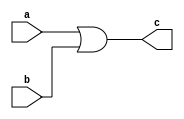
module or_gate(a,b,c);
input a,b;
output c;
assign c= a|b;
endmodule

module or_gate_tt();
reg a,b;
wire c;
or_gate DUT(.a(a),.b(b),.c(c));
initial begin
$monitor("a =%b b=%b c=%b",a,b,c);
a=0;
b=0;
#10;
a=0;
b=1;
#10;
a=1;
b=0;
#10;
a=1;
b=1;
#10;
end
endmodule